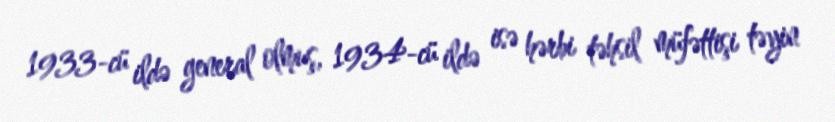
1933-cü ildə general olmuş, 1934-cü ildə isə hərbi təhsil müfəttişi təyin